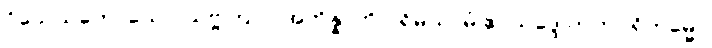
ဝိသေသတောယေဝ သဗ္ဗတြာပိ အဘိန္နာတိ ပုရိမယာမံ ဧဝသဒ္ဒေ ကတပရိကမ္မော